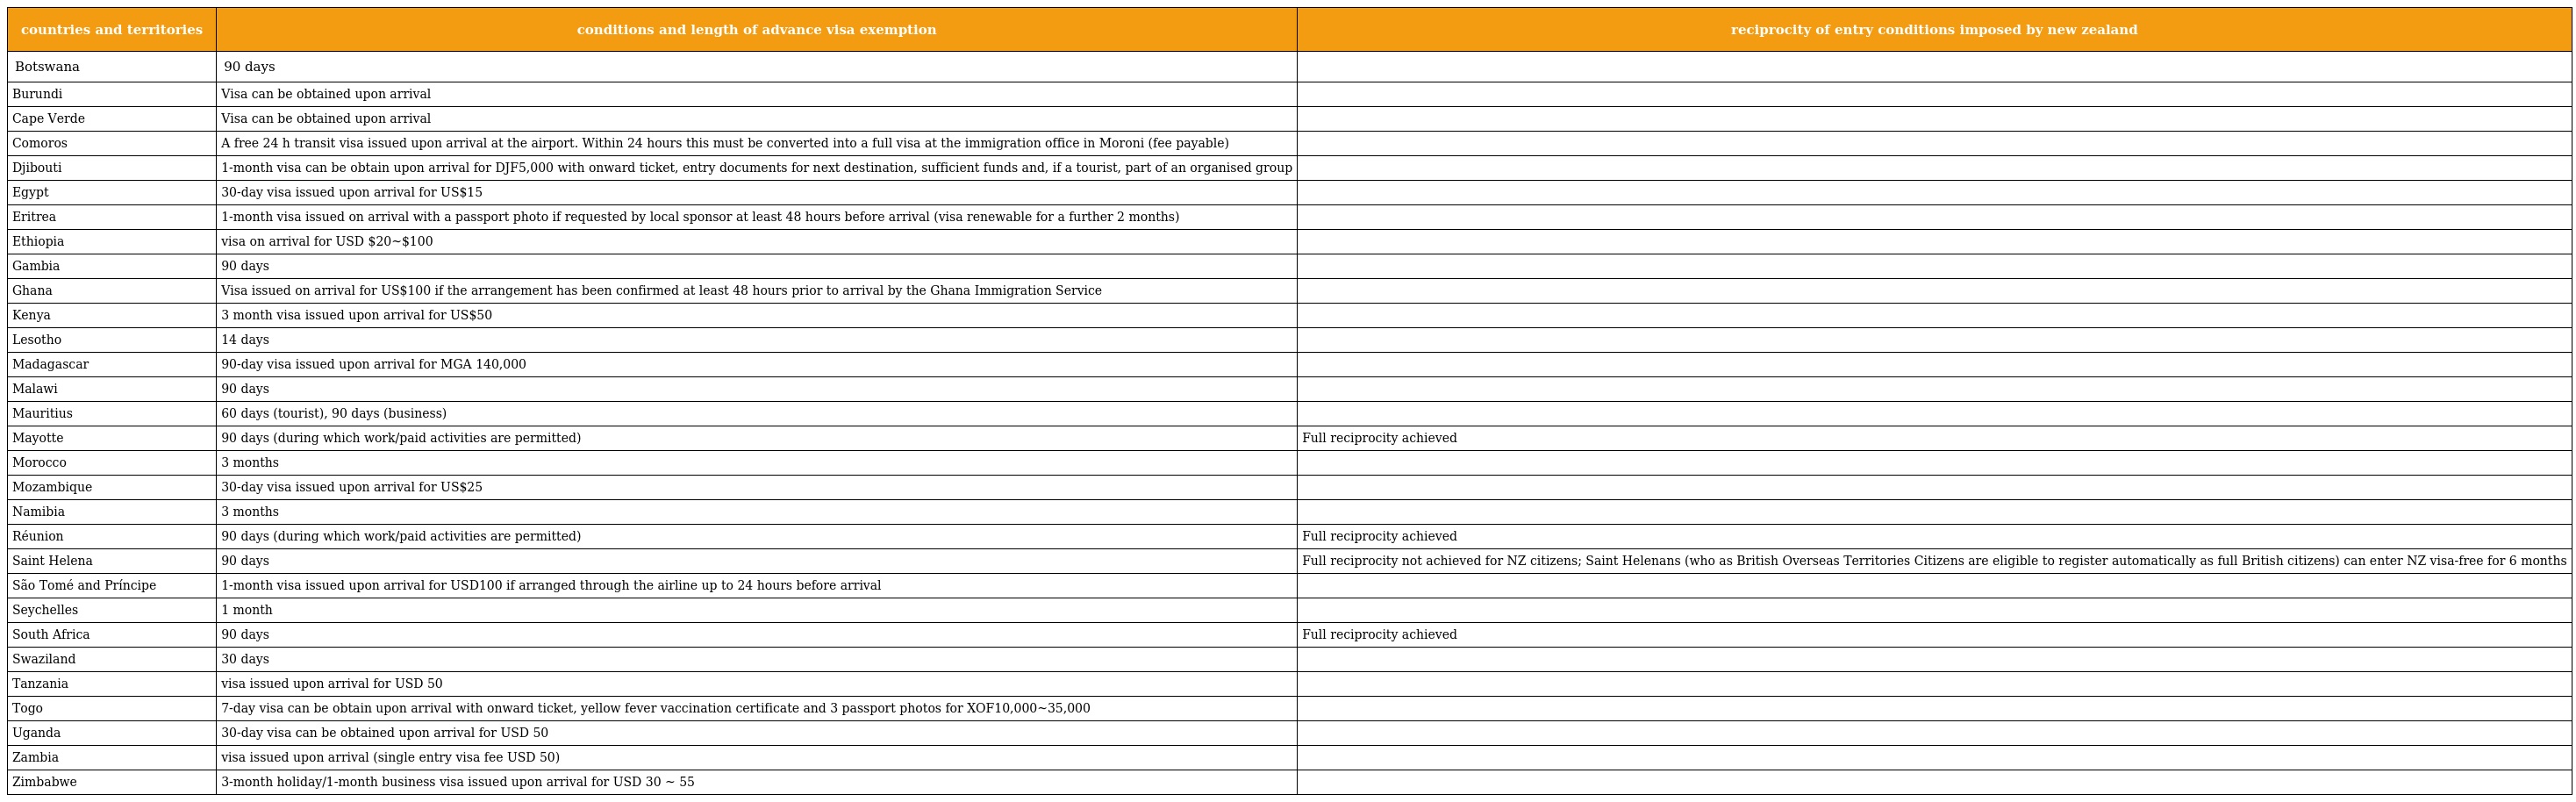
| countries and territories | conditions and length of advance visa exemption | reciprocity of entry conditions imposed by new zealand |
 | --- | --- | --- |
 | Botswana | 90 days |  |
 | Burundi | Visa can be obtained upon arrival |  |
 | Cape Verde | Visa can be obtained upon arrival |  |
 | Comoros | A free 24 h transit visa issued upon arrival at the airport. Within 24 hours this must be converted into a full visa at the immigration office in Moroni (fee payable) |  |
 | Djibouti | 1-month visa can be obtain upon arrival for DJF5,000 with onward ticket, entry documents for next destination, sufficient funds and, if a tourist, part of an organised group |  |
 | Egypt | 30-day visa issued upon arrival for US$15 |  |
 | Eritrea | 1-month visa issued on arrival with a passport photo if requested by local sponsor at least 48 hours before arrival (visa renewable for a further 2 months) |  |
 | Ethiopia | visa on arrival for USD $20~$100 |  |
 | Gambia | 90 days |  |
 | Ghana | Visa issued on arrival for US$100 if the arrangement has been confirmed at least 48 hours prior to arrival by the Ghana Immigration Service |  |
 | Kenya | 3 month visa issued upon arrival for US$50 |  |
 | Lesotho | 14 days |  |
 | Madagascar | 90-day visa issued upon arrival for MGA 140,000 |  |
 | Malawi | 90 days |  |
 | Mauritius | 60 days (tourist), 90 days (business) |  |
 | Mayotte | 90 days (during which work/paid activities are permitted) | Full reciprocity achieved |
 | Morocco | 3 months |  |
 | Mozambique | 30-day visa issued upon arrival for US$25 |  |
 | Namibia | 3 months |  |
 | Réunion | 90 days (during which work/paid activities are permitted) | Full reciprocity achieved |
 | Saint Helena | 90 days | Full reciprocity not achieved for NZ citizens; Saint Helenans (who as British Overseas Territories Citizens are eligible to register automatically as full British citizens) can enter NZ visa-free for 6 months |
 | São Tomé and Príncipe | 1-month visa issued upon arrival for USD100 if arranged through the airline up to 24 hours before arrival |  |
 | Seychelles | 1 month |  |
 | South Africa | 90 days | Full reciprocity achieved |
 | Swaziland | 30 days |  |
 | Tanzania | visa issued upon arrival for USD 50 |  |
 | Togo | 7-day visa can be obtain upon arrival with onward ticket, yellow fever vaccination certificate and 3 passport photos for XOF10,000~35,000 |  |
 | Uganda | 30-day visa can be obtained upon arrival for USD 50 |  |
 | Zambia | visa issued upon arrival (single entry visa fee USD 50) |  |
 | Zimbabwe | 3-month holiday/1-month business visa issued upon arrival for USD 30 ~ 55 |  |